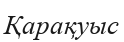
Қарақуыс